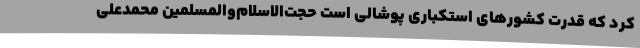
کرد که قدرت کشورهای استکباری پوشالی است حجت‌الاسلام‌والمسلمین محمدعلی